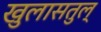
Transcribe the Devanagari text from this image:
खुलासतुल्